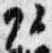
頭